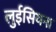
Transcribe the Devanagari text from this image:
लुईसियना